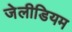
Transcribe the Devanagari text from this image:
जेलीडियम